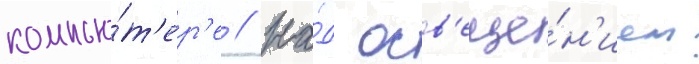
компью́т'ер'е // На́д осв'еще́н'ием